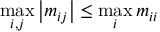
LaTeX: \operatorname* { m a x } _ { i , j } \left| m _ { i j } \right| \leq \operatorname* { m a x } _ { i } m _ { i i }